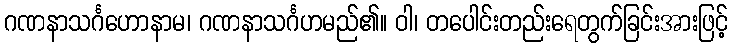
ဂဏနာသင်္ဂဟောနာမ၊ ဂဏနာသင်္ဂဟမည်၏။ ဝါ၊ တပေါင်းတည်းရေတွက်ခြင်းအားဖြင့်